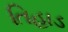
તિહાડ